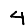
Digit: 4